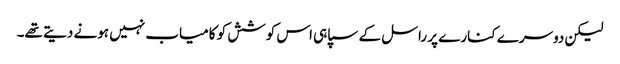
لیکن دوسرے کنارے پر راسل کے سپاہی اس کوشش کو کامیاب نہیں ہونے دیتے تھے۔